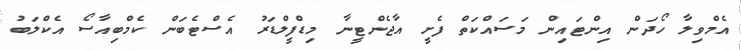
އެމްވިލާ ހޯދަން އިންޓައިން މަސައްކަތް ފެށީ އާޖެންޓީނާ މިޑްފީލްޑަރު އެސްޓެބަން ކެމްބިއާސޯ އެކްލަބު